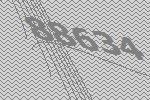
88634